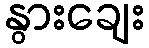
နွားချေး